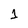
Character: 1